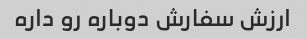
ارزش سفارش دوباره رو داره